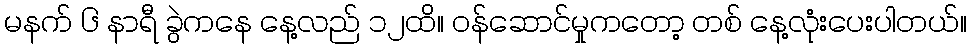
မနက် ၆ နာရီ ခွဲကနေ နေ့လည် ၁၂ထိ။ ဝန်ဆောင်မှုကတော့ တစ် နေ့လုံးပေးပါတယ်။